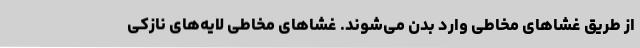
از طریق غشاهای مخاطی وارد بدن می‌شوند. غشاهای مخاطی لایه‌های نازکی